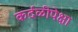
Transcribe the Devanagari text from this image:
कर्दळीपेक्षा